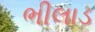
ભીલાડ